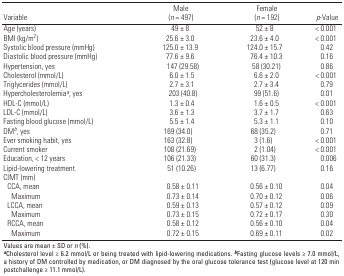
<table><thead><tr><td><b>Variable</b></td><td><b>Male (<i>n</i> = 497)</b></td><td><b>Female (<i>n</i> = 192)</b></td><td><b><i>p</i>-Value</b></td></tr></thead><tbody><tr><td><b>Age (years)</b></td><td>49 ± 8</td><td>52 ± 8</td><td>&lt; 0.001</td></tr><tr><td><b>BMI (kg/m<sup>2</sup>)</b></td><td>25.6 ± 3.0</td><td>23.6 ± 4.0</td><td>&lt; 0.001</td></tr><tr><td><b>Systolic blood pressure (mmHg)</b></td><td>125.0 ± 13.9</td><td>124.0 ± 15.7</td><td>0.42</td></tr><tr><td><b>Diastolic blood pressure (mmHg)</b></td><td>77.6 ± 9.6</td><td>76.4 ± 10.3</td><td>0.16</td></tr><tr><td><b>Hypertension, yes</b></td><td>147 (29.58)</td><td>58 (30.21)</td><td>0.86</td></tr><tr><td><b>Cholesterol (mmol/L)</b></td><td>6.0 ± 1.5</td><td>6.6 ± 2.0</td><td>&lt; 0.001</td></tr><tr><td><b>Triglycerides (mmol/L)</b></td><td>2.7 ± 3.1</td><td>2.7 ± 3.4</td><td>0.79</td></tr><tr><td><b>Hypercholesterolemia<sup><i>a</i></sup>, yes</b></td><td>203 (40.8)</td><td>99 (51.6)</td><td>0.01</td></tr><tr><td><b>HDL-C (mmol/L)</b></td><td>1.3 ± 0.4</td><td>1.6 ± 0.5</td><td>&lt; 0.001</td></tr><tr><td><b>LDL-C (mmol/L)</b></td><td>3.6 ± 1.3</td><td>3.7 ± 1.7</td><td>0.63</td></tr><tr><td><b>Fasting blood glucose (mmol/L)</b></td><td>5.5 ± 1.4</td><td>5.3 ± 1.1</td><td>0.10</td></tr><tr><td><b>DM<sup><i>b</i></sup>, yes</b></td><td>169 (34.0)</td><td>68 (35.2)</td><td>0.71</td></tr><tr><td><b>Ever smoking habit, yes</b></td><td>163 (32.8)</td><td>3 (1.6)</td><td>&lt; 0.001</td></tr><tr><td><b>Current smoker</b></td><td>108 (21.69)</td><td>2 (1.04)</td><td>&lt; 0.001</td></tr><tr><td><b>Education, &lt; 12 years</b></td><td>106 (21.33)</td><td>60 (31.3)</td><td>0.006</td></tr><tr><td><b>Lipid-lowering treatment</b></td><td>51 (10.26)</td><td>13 (6.77)</td><td>0.16</td></tr><tr><td><b>CIMT (mm)</b></td></tr><tr><td><b>CCA, mean</b></td><td>0.58 ± 0.11</td><td>0.56 ± 0.10</td><td>0.04</td></tr><tr><td><b>Maximum</b></td><td>0.73 ± 0.14</td><td>0.70 ± 0.12</td><td>0.06</td></tr><tr><td><b>LCCA, mean</b></td><td>0.59 ± 0.13</td><td>0.57 ± 0.12</td><td>0.09</td></tr><tr><td><b>Maximum</b></td><td>0.73 ± 0.15</td><td>0.72 ± 0.17</td><td>0.30</td></tr><tr><td><b>RCCA, mean</b></td><td>0.58 ± 0.12</td><td>0.56 ± 0.10</td><td>0.04</td></tr><tr><td><b>Maximum</b></td><td>0.72 ± 0.15</td><td>0.69 ± 0.11</td><td>0.02</td></tr><tr><td colspan="4">Values are mean ± SD or <i>n</i> (%). <sup><i><b>a</b></i></sup>Cholesterol level ≥ 6.2 mmol/L or being treated with lipid-lowering medications. <sup><i><b>b</b></i></sup>Fasting glucose levels ≥ 7.0 mmol/L, a history of DM controlled by medication, or DM diagnosed by the oral glucose tolerance test (glucose level at 120 min postchallenge ≥ 11.1 mmol/L).</td></tr></tbody></table>